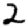
Digit: 2